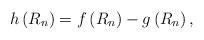
LaTeX: \begin{align*} h\left(R_{n}\right)= f\left(R_{n}\right)- g\left(R_{n}\right), \end{align*}